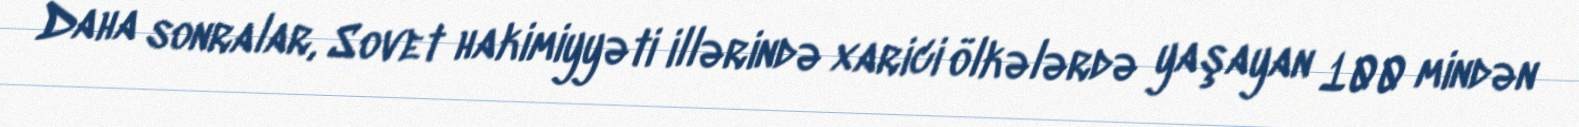
Daha sonralar, Sovet hakimiyyəti illərində xarici ölkələrdə yaşayan 100 mindən